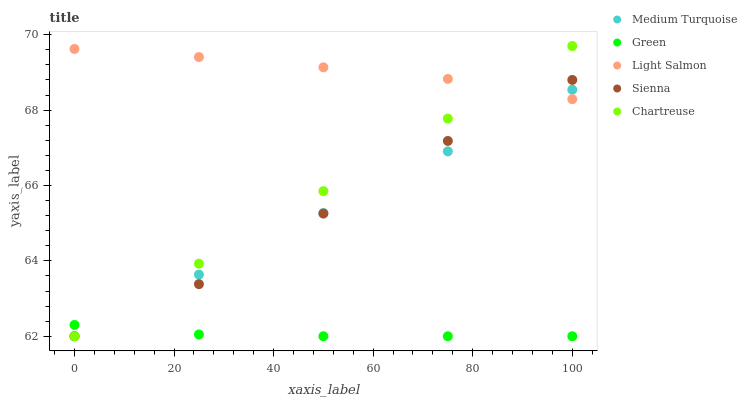
| xaxis_label | Medium Turquoise | Green | Light Salmon | Sienna | Chartreuse |
 | --- | --- | --- | --- | --- | --- |
 | 0 | 62 | 62.3 | 69.6 | 62 | 62 |
 | 25 | 63.6 | 62 | 69.4 | 63.4 | 63.9 |
 | 50 | 65.3 | 62 | 69.1 | 65.3 | 65.9 |
 | 75 | 66.9 | 62 | 68.8 | 67.2 | 67.8 |
 | 100 | 68.5 | 62 | 68.3 | 68.8 | 69.7 |